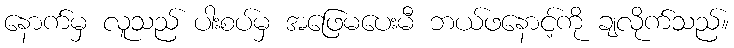
နောက်မှ လူသည် ပါးစပ်မှ အဖြေမပေးမီ ဘယ်ဖနောင့်ကို ချလိုက်သည်။